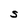
Character: S